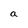
Character: a